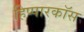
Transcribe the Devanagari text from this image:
हिप्पारकॉस